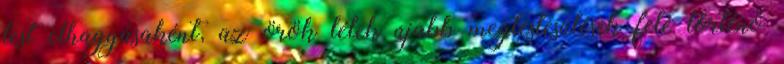
test elhagyásaként, az örök lélek újabb megtestesülések felé történő